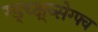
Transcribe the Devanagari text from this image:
ग्ड्च्क्ष्व्सेग्फ्व